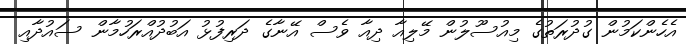
އެހެންކަމުން ގުދުރަތުގެ މިއުސޫލުން މޭލިއާ ދިއާ ވެސް އޭނާގެ ދަރިފުޅު އަބުދުއްރަހުމާން ސައުދާއި